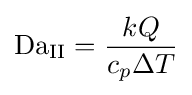
\mathrm {Da} _{\mathrm {II} }={\frac {kQ}{c_{p}\Delta T}}